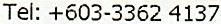
TEL: +603-3362 4137